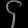
Digit: ၄